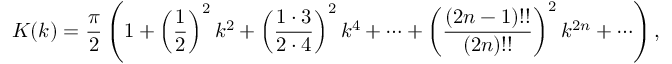
K ( k ) = { \frac { \pi } { 2 } } \left( 1 + \left( { \frac { 1 } { 2 } } \right) ^ { 2 } k ^ { 2 } + \left( { \frac { 1 \cdot 3 } { 2 \cdot 4 } } \right) ^ { 2 } k ^ { 4 } + \cdots + \left( { \frac { \left( 2 n - 1 \right) ! ! } { \left( 2 n \right) ! ! } } \right) ^ { 2 } k ^ { 2 n } + \cdots \right) ,